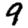
Digit: 9